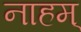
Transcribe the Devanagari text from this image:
नाहम्